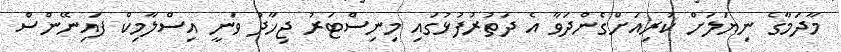
މާދަމާގެ ނިޔަލަށް ކުރިއަށްގެންދަވާ އެ ދަތުރުފުޅުގައި މިނިސްޓަރު ޖިހާދު ވަނީ އިސްލާމިކް ފައިނޭންސް